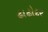
ઢાઢોદર